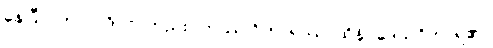
နေပြီ။ (ကာလဝိပ္ပလ်တည်း) တဿ ဝိဟာရဿ၊ ထိုနိပ္ပဒေသဝိဟာရ၏။